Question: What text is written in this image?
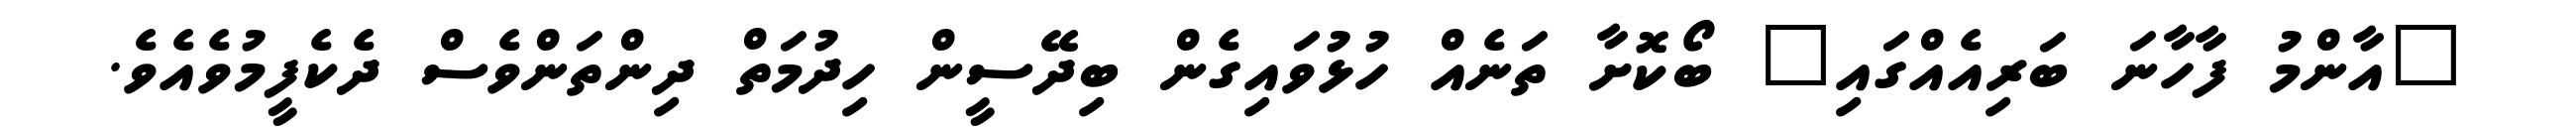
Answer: "އާންމު ފާހާނަ ބަރިއެއްގައި" ބޯކޮށާ ތަނެއް ހުޅުވައިގެން ބިދޭސީން ހިދުމަތް ދިންތަންވެސް ދެކެފީމުވެއެވެ.